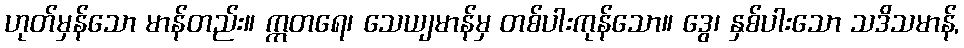
ဟုတ်မှန်သော မာန်တည်း။ ဣတရေ၊ သေယျမာန်မှ တစ်ပါးကုန်သော။ ဒွေ၊ နှစ်ပါးသော သဒိသမာန်,